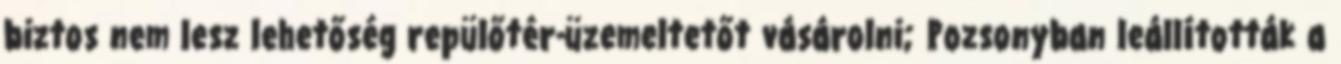
biztos nem lesz lehetőség repülőtér-üzemeltetőt vásárolni; Pozsonyban leállították a